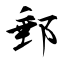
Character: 郵